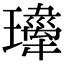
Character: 𤪍